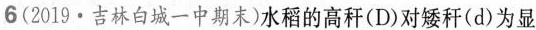
6(2019·吉林白城一中期末)水稻的高秆(D)对矮秆(d)为显